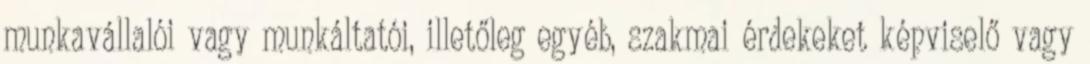
munkavállalói vagy munkáltatói, illetőleg egyéb, szakmai érdekeket képviselő vagy